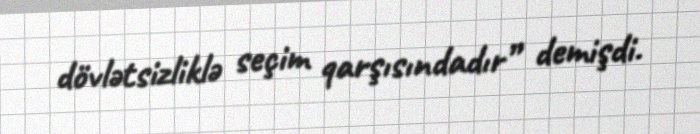
dövlətsizliklə seçim qarşısındadır” demişdi.